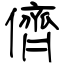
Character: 儕